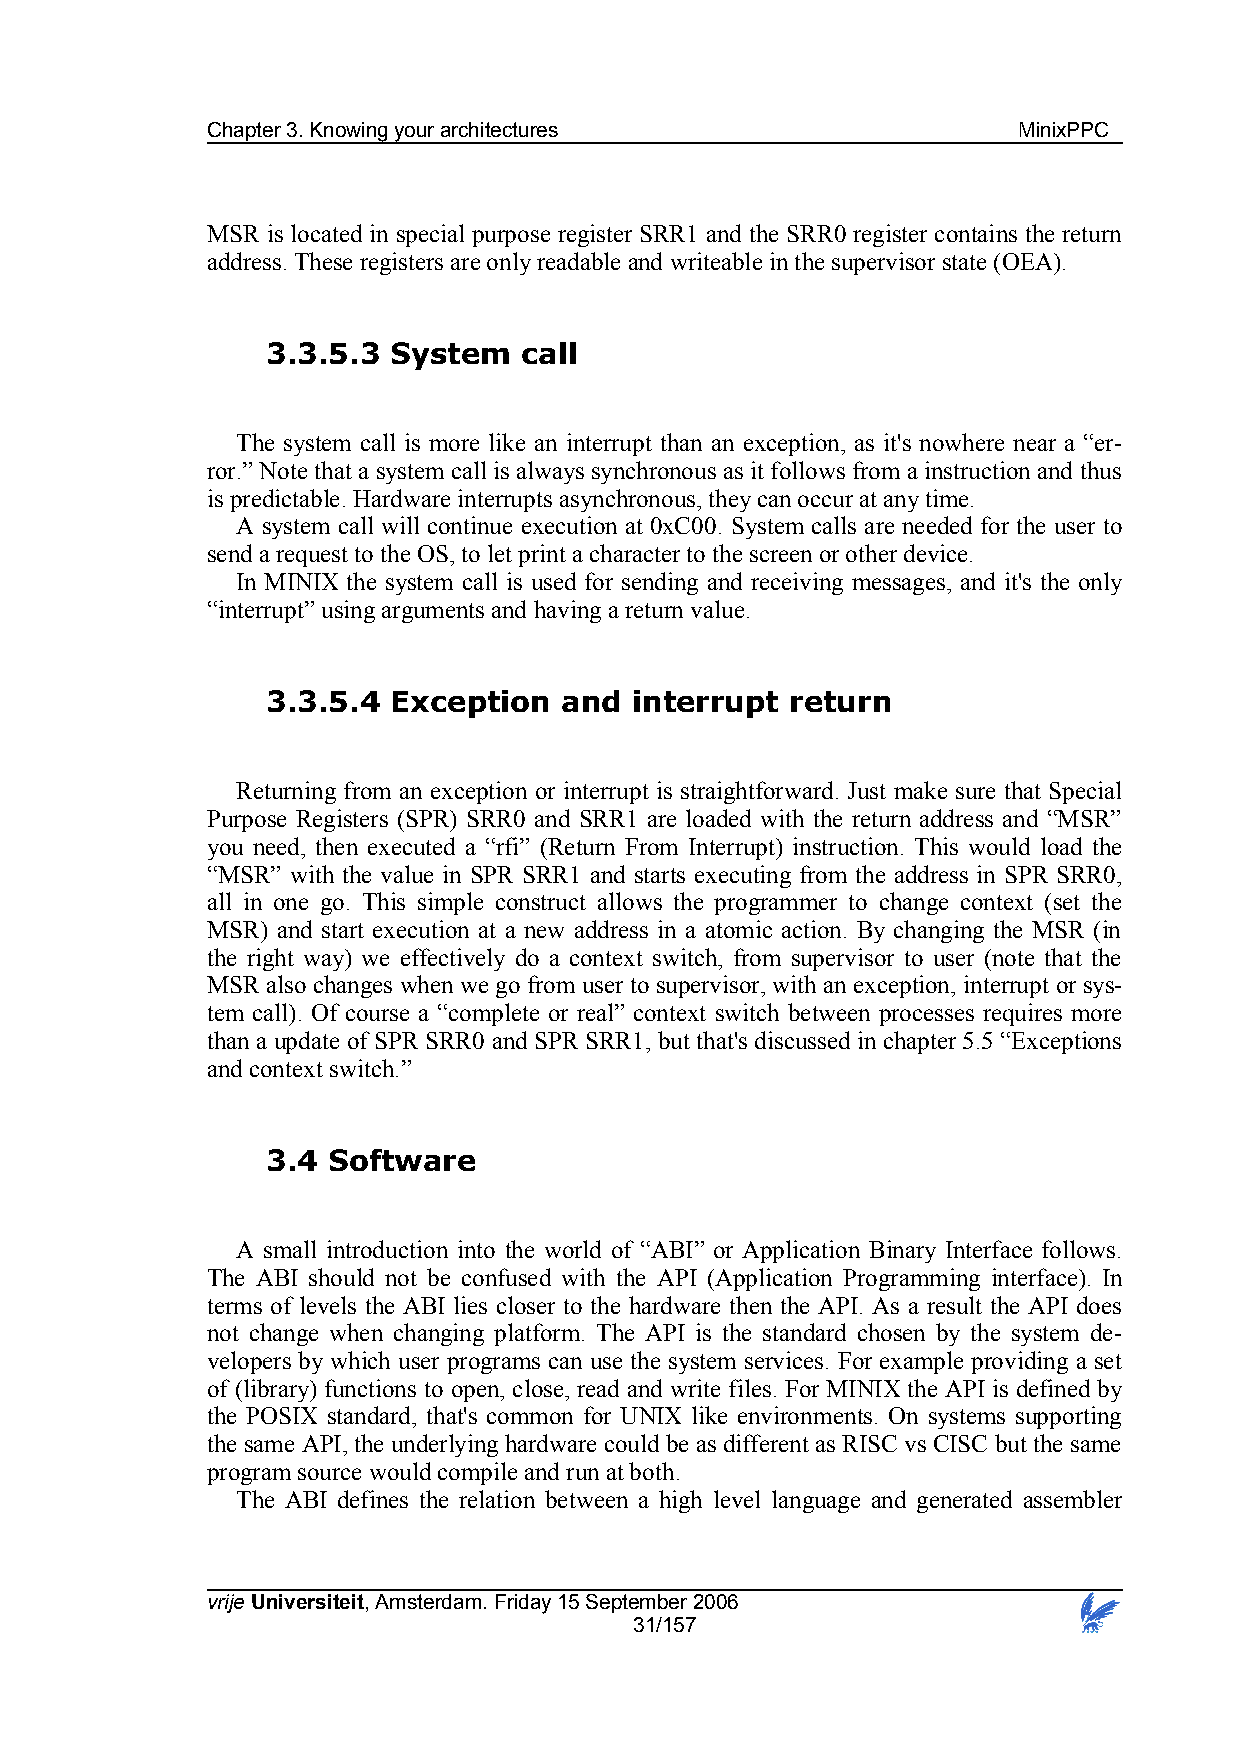
Chapter 3. Knowing your architectures                MinixPPC
 MSR is located in special purpose register SRR1 and the SRR0 register contains the return
 address. These registers are only readable and writeable in the supervisor state (OEA).
 3.3.5.3 System  call
 The system call is more like an interrupt than an exception, as it's nowhere near a “er-
 ror.” Note that a system call is always synchronous as it follows from a instruction and thus
 is predictable. Hardware interrupts asynchronous, they can occur at any time.
 A system call will continue execution at 0xC00. System calls are needed for the user to
 send a request to the OS, to let print a character to the screen or other device.
 In MINIX the system call is used for sending and receiving messages, and it's the only
 “interrupt” using arguments and having a return value.
 3.3.5.4 Exception  and  interrupt return
 Returning from an exception or interrupt is straightforward. Just make sure that Special
 Purpose Registers (SPR) SRR0 and SRR1 are loaded with the return address and “MSR”
 you need, then executed a “rfi” (Return From Interrupt) instruction. This would load the
 “MSR” with the value in SPR SRR1 and starts executing from the address in SPR SRR0,
 all in one go. This simple construct allows the programmer to change context (set the
 MSR) and start execution at a new address in a atomic action. By changing the MSR (in
 the right way) we effectively do a context switch, from supervisor to user (note that the
 MSR also changes when we go from user to supervisor, with an exception, interrupt or sys-
 tem call). Of course a “complete or real” context switch between processes requires more
 than a update of SPR SRR0 and SPR SRR1, but that's discussed in chapter 5.5 “Exceptions
 and context switch.”
 3.4 Software
 A small introduction into the world of “ABI” or Application Binary Interface follows.
 The ABI should not be confused with the API (Application Programming interface). In
 terms of levels the ABI lies closer to the hardware then the API. As a result the API does
 not change when changing platform. The API is the standard chosen by the system de-
 velopers by which user programs can use the system services. For example providing a set
 of (library) functions to open, close, read and write files. For MINIX the API is defined by
 the POSIX standard, that's common for UNIX like environments. On systems supporting
 the same API, the underlying hardware could be as different as RISC vs CISC but the same
 program source would compile and run at both.
 The ABI defines the relation between a high level language and generated assembler
 vrije Universiteit, Amsterdam. Friday 15 September 2006
 31/157